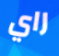
راي